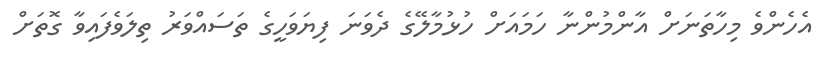
އެހެންވެ މިހާތަނަށް އާންމުންނާ ހަމައަށް ހުޅުމާލޭގެ ދެވަނަ ފިޔަވަހީގެ ތަސައްވަރު ތިލަވެފައިވާ ގޮތަށް